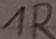
Text: 1R